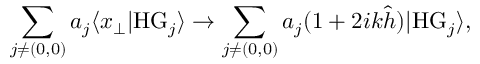
\sum _ { j \neq ( 0 , 0 ) } a _ { j } \langle x _ { \perp } | \mathrm { H G } _ { j } \rangle \rightarrow \sum _ { j \neq ( 0 , 0 ) } a _ { j } ( 1 + 2 i k \hat { h } ) | \mathrm { H G } _ { j } \rangle ,